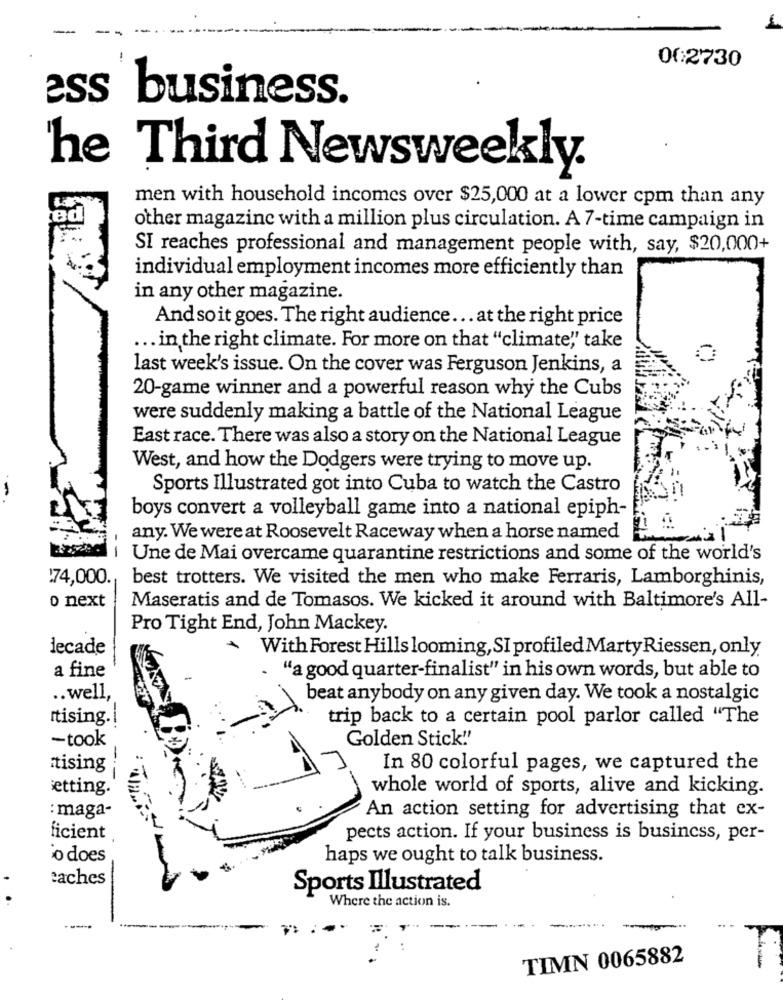
00:2730
ess business.
he Third Newsweekly.
men with household incomes over $25,000 at a lower cpm than any
other magazine with a million plus circulation. A 7-time campaign in
SI reaches professional and management people with, say, $20,000+
individual employment incomes more efficiently than
in any other magazine.
And soit goes. The right audience ... at the right price
... in the right climate. For more on that "climate"" take
last week's issue. On the cover was Ferguson Jenkins, a
20-game winner and a powerful reason why the Cubs
were suddenly making a battle of the National League
East race. There was also a story on the National League
West, and how the Dodgers were trying to move up.
Sports Illustrated got into Cuba to watch the Castro
boys convert a volleyball game into a national epiph-
any. We were at Roosevelt Raceway when a horse named
Une de Mai overcame quarantine restrictions and some of the world's
174,000.
best trotters. We visited the men who make Ferraris, Lamborghinis,
o next
Maseratis and de Tomasos. We kicked it around with Baltimore's All-
Pro Tight End, John Mackey.
decade
With Forest Hills looming, SI profiled Marty Riessen, only
a fine
. "a good quarter-finalist" in his own words, but able to
.. well,
beat anybody on any given day. We took a nostalgic
Itising .!
trip back to a certain pool parlor called "The
-took
Golden Stick!'
itising
In 80 colorful pages, we captured the
setting.
whole world of sports, alive and kicking.
: maga-
An action setting for advertising that ex-
ficient
pects action. If your business is business, per-
o does
haps we ought to talk business.
eaches
Sports Illustrated
Where the action is.
--
TIMN 0065882